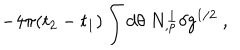
LaTeX: - 4 \pi ( t _ { 2 } - t _ { 1 } ) \int d \theta \ N _ { , \rho } ^ { \perp } \delta g ^ { 1 / 2 } \ ,